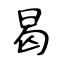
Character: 曷